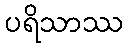
ပရိသာဿ